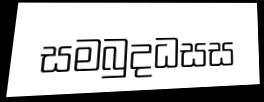
සමබුදධසස